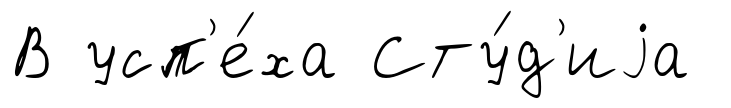
В усп'е́ха Сту́д'иjа